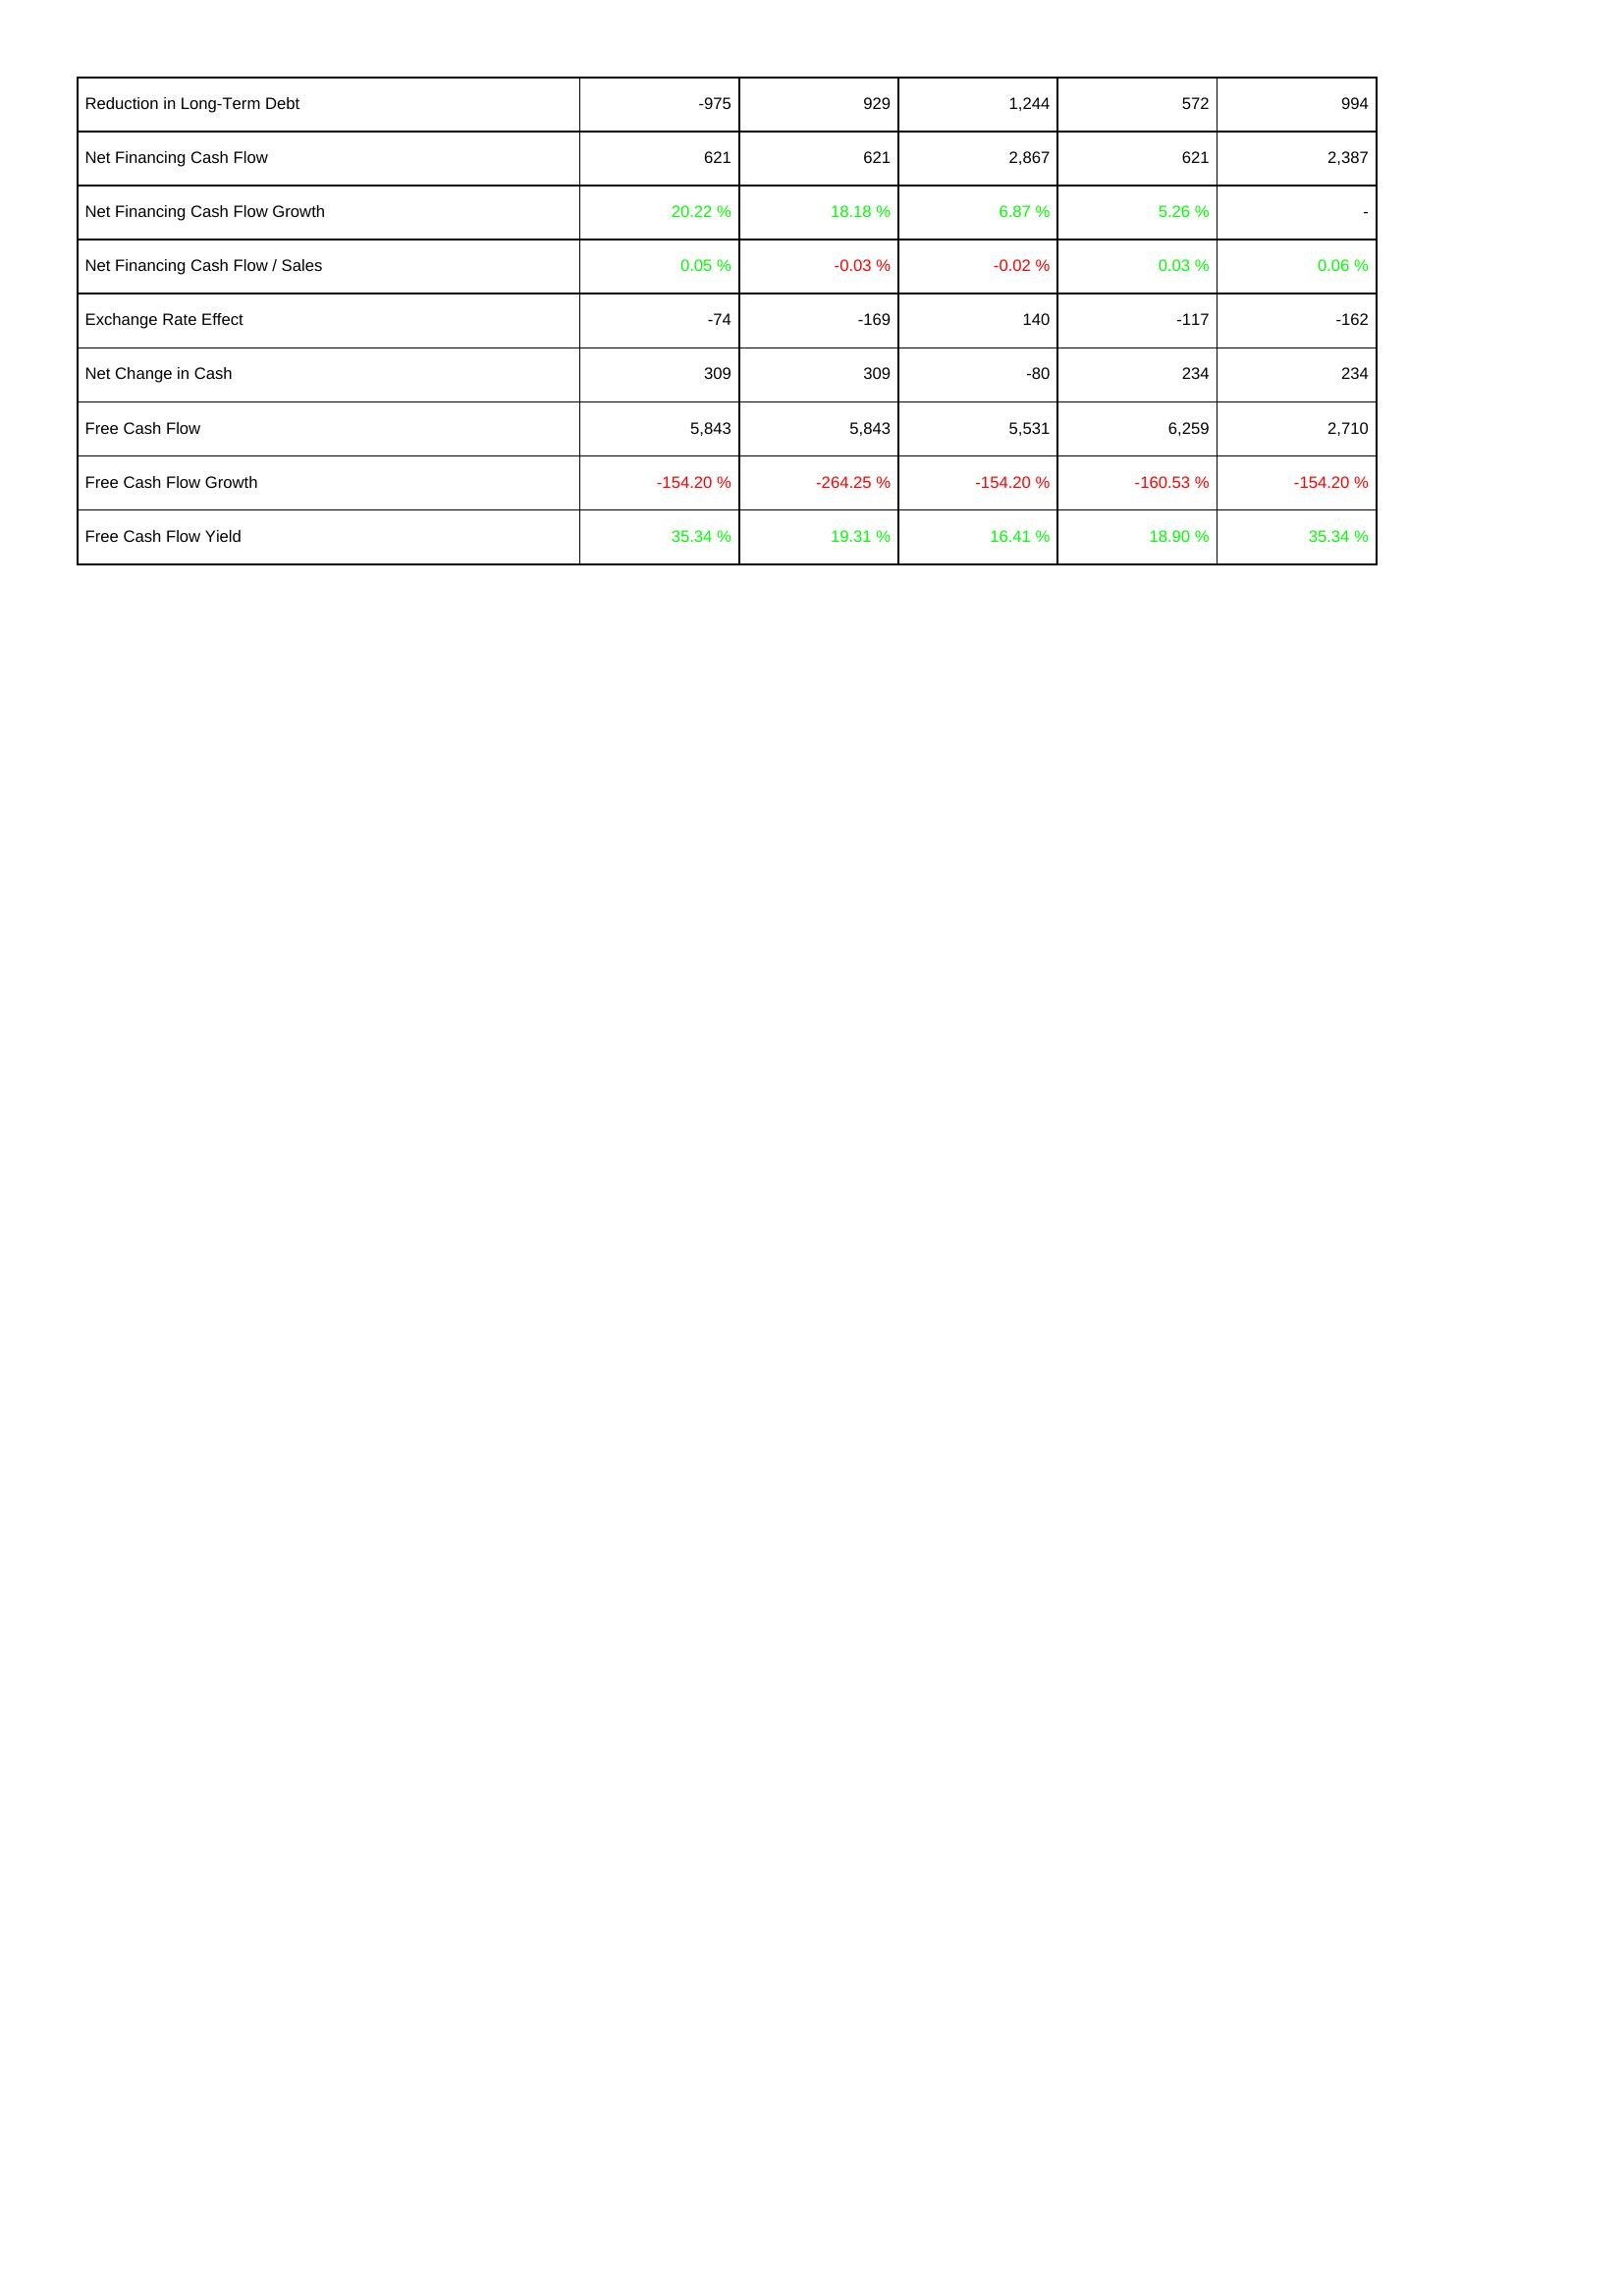
2024: Financing Activities: Reduction in Long-Term Debt: -975
Net Financing Cash Flow: 621
Net Financing Cash Flow Growth: 20.22 %
Net Financing Cash Flow / Sales: 0.05 %
Exchange Rate Effect: -74
Net Change in Cash: 309
Free Cash Flow: 5,843
Free Cash Flow Growth: -154.20 %
Free Cash Flow Yield: 35.34 %
2023: Financing Activities: Reduction in Long-Term Debt: 929
Net Financing Cash Flow: 621
Net Financing Cash Flow Growth: 18.18 %
Net Financing Cash Flow / Sales: -0.03 %
Exchange Rate Effect: -169
Net Change in Cash: 309
Free Cash Flow: 5,843
Free Cash Flow Growth: -264.25 %
Free Cash Flow Yield: 19.31 %
2022: Financing Activities: Reduction in Long-Term Debt: 1,244
Net Financing Cash Flow: 2,867
Net Financing Cash Flow Growth: 6.87 %
Net Financing Cash Flow / Sales: -0.02 %
Exchange Rate Effect: 140
Net Change in Cash: -80
Free Cash Flow: 5,531
Free Cash Flow Growth: -154.20 %
Free Cash Flow Yield: 16.41 %
2021: Financing Activities: Reduction in Long-Term Debt: 572
Net Financing Cash Flow: 621
Net Financing Cash Flow Growth: 5.26 %
Net Financing Cash Flow / Sales: 0.03 %
Exchange Rate Effect: -117
Net Change in Cash: 234
Free Cash Flow: 6,259
Free Cash Flow Growth: -160.53 %
Free Cash Flow Yield: 18.90 %
2020: Financing Activities: Reduction in Long-Term Debt: 994
Net Financing Cash Flow: 2,387
Net Financing Cash Flow Growth: -
Net Financing Cash Flow / Sales: 0.06 %
Exchange Rate Effect: -162
Net Change in Cash: 234
Free Cash Flow: 2,710
Free Cash Flow Growth: -154.20 %
Free Cash Flow Yield: 35.34 %